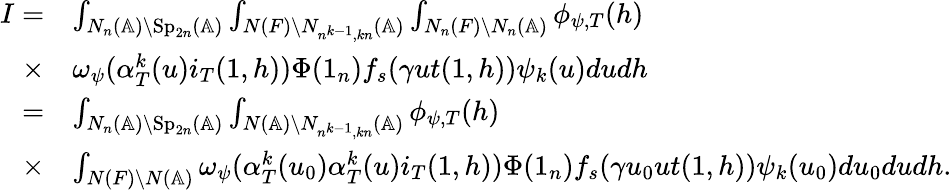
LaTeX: \begin{array}{rl}{I=}&{\int_{N_{n}(\mathbb{A})\backslash\mathrm{Sp}_{2n}(\mathbb{A})}\int_{N(F)\backslash N_{n^{k-1},kn}(\mathbb{A})}\int_{N_{n}(F)\backslash N_{n}(\mathbb{A})}\phi_{\psi,T}(h)}\\ {\times}&{\omega_{\psi}(\alpha_{T}^{k}(u)i_{T}(1,h))\Phi(1_{n})f_{s}(\gamma ut(1,h))\psi_{k}(u)dudh}\\ {=}&{\int_{N_{n}(\mathbb{A})\backslash\mathrm{Sp}_{2n}(\mathbb{A})}\int_{N(\mathbb{A})\backslash N_{n^{k-1},kn}(\mathbb{A})}\phi_{\psi,T}(h)}\\ {\times}&{\int_{N(F)\backslash N(\mathbb{A})}\omega_{\psi}(\alpha_{T}^{k}(u_{0})\alpha_{T}^{k}(u)i_{T}(1,h))\Phi(1_{n})f_{s}(\gamma u_{0}ut(1,h))\psi_{k}(u_{0})du_{0}dudh.}\end{array}